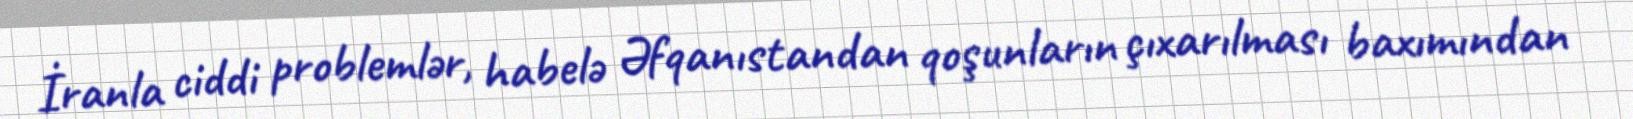
İranla ciddi problemlər, habelə Əfqanıstandan qoşunların çıxarılması baxımından